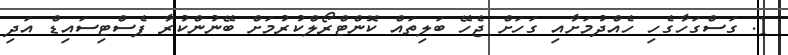
1. ގަސްގަހާގެހި ހެއްދުމަށާއި ގަހަށް ޖެހޭ ބަލިތައް ކޮންޓްރޯލްކުރުމަށް ބޭނުންކުރާ ޕެސްޓިސައިޑް އަދި